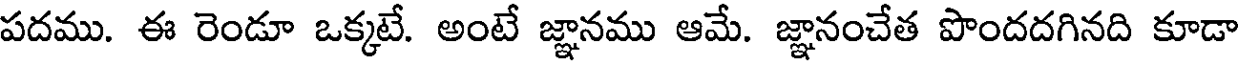
పదము. ఈ రెండూ ఒక్కటే. అంటే జ్ఞానము ఆమే. జ్ఞానంచేత పొందదగినది కూడా